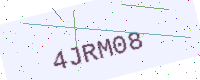
Text: 4JRM08